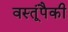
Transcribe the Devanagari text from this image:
वस्तूंपैकी